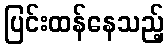
ပြင်းထန်နေသည့်